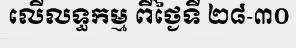
លើលទ្ធកម្ម ពីថ្ងៃទី ២៨-៣០